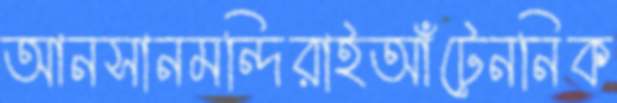
আনসানমন্দিরাইআঁটেননিক